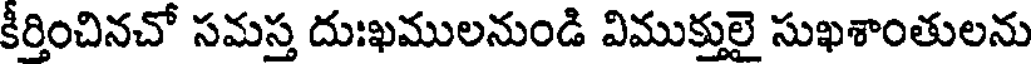
కీర్తించినచో సమస్త దుఃఖములనుండి విముక్తులై సుఖశాంతులను